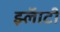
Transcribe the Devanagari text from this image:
झ्लॅाटी